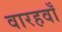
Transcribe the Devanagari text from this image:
वारहवाँ